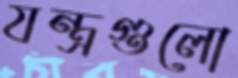
যন্ত্রগুলো